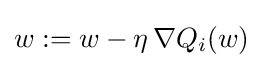
w:=w-\eta \,\nabla Q_{i}(w)